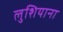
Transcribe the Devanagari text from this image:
लुशियाना